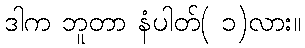
ဒါက ဘူတာ နံပါတ်( ၁)လား။